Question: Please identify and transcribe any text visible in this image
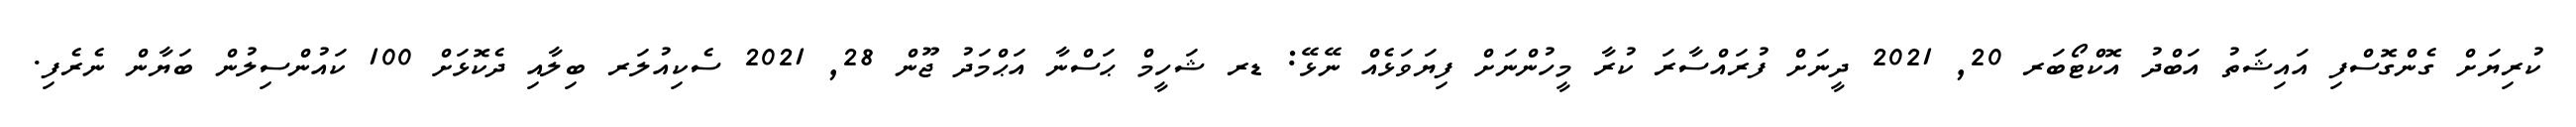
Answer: ކުރިޔަށް ގެންގޮސްފި އައިޝަތު އަބްދު އޮކްޓޯބަރ 20, 2021 ދީނަށް ފުރައްސާރަ ކުރާ މީހުންނަށް ފިޔަވަޅެއް ނޭޅޭ: ޑރ ޝަހީމް ޙަސްނާ އަޙްމަދު ޖޫން 28, 2021 ސެކިއުލަރ ބިލާއި ދެކޮޅަށް 100 ކައުންސިލުން ބަޔާން ނެރެފި.